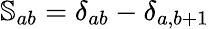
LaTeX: \mathbb{S}_{ab}=\delta_{ab}-\delta_{a,b+1}